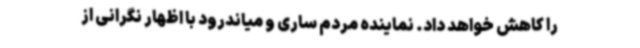
را کاهش خواهد داد. نماینده مردم ساری و میاندرود با اظهار نگرانی از